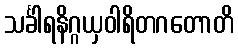
သင်္ခါရနိဂ္ဂယှဝါရိတဂတောတိ